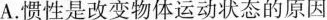
A.惯性是改变物体运动状态的原因